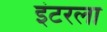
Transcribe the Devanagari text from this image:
इंटरला